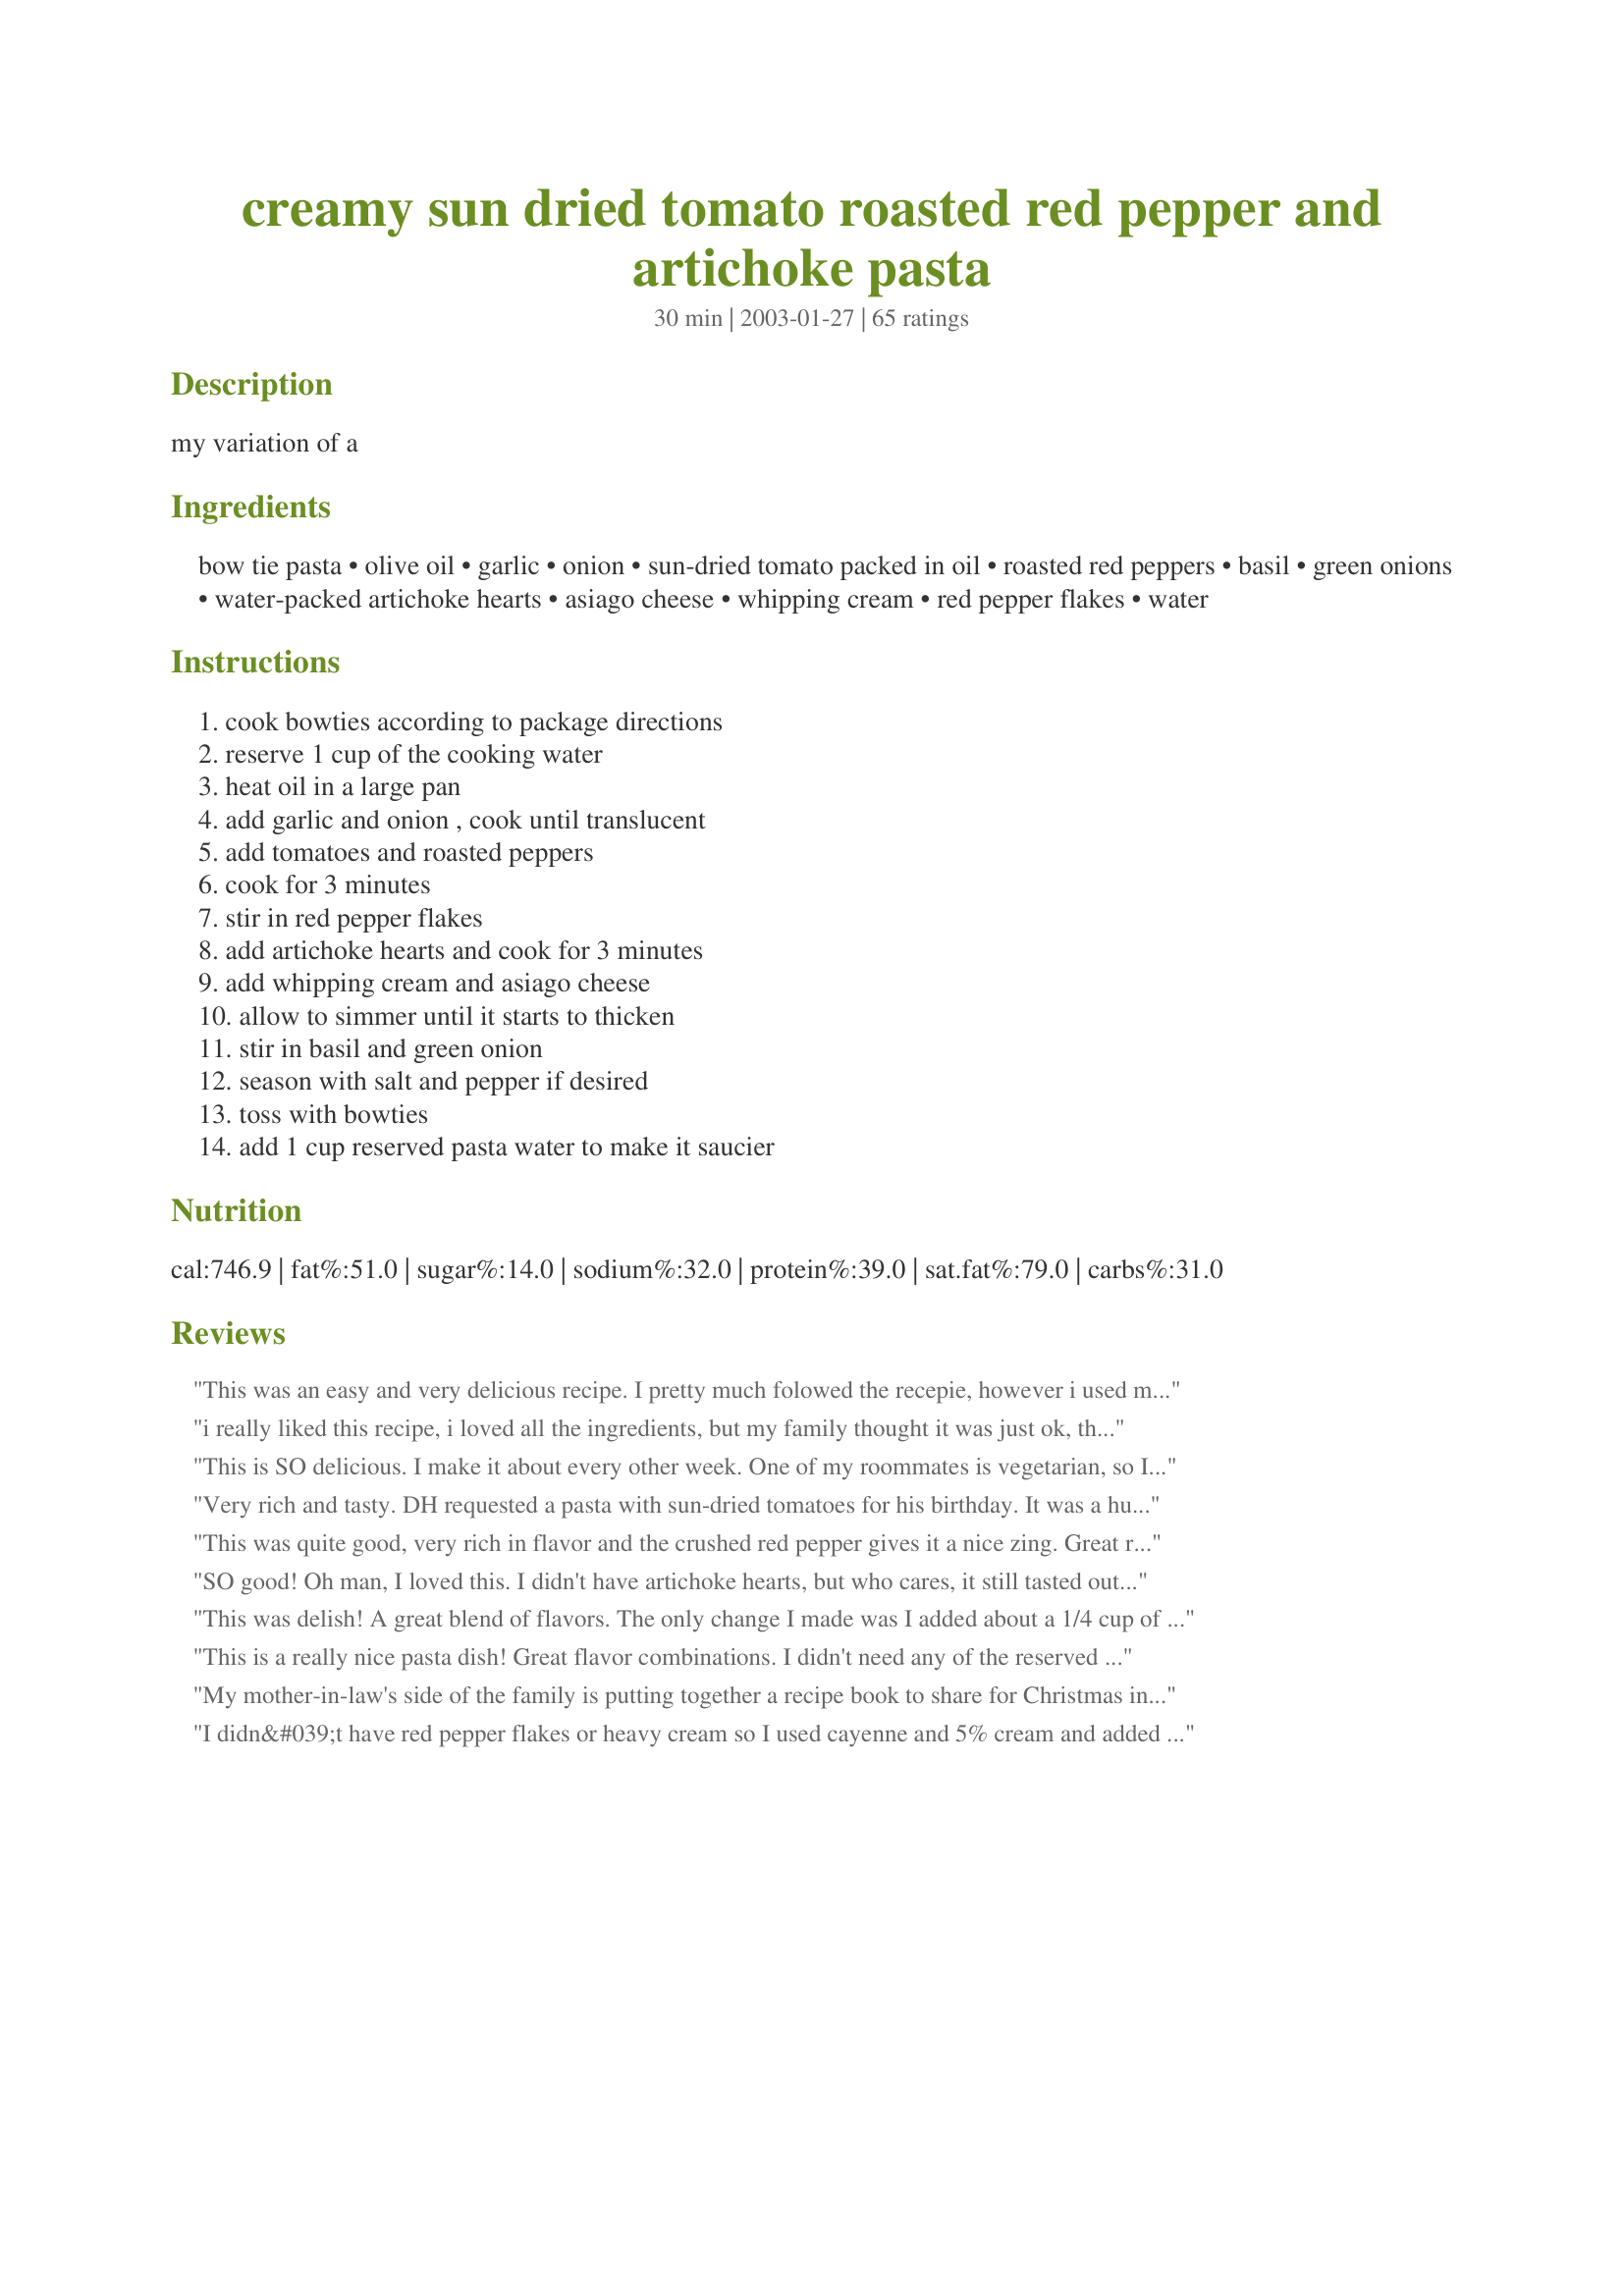
creamy sun dried tomato roasted red pepper and artichoke pasta
Preparation time: 30 minutes

my variation of a

Ingredients:
bow tie pasta, olive oil, garlic, onion, sun-dried tomato packed in oil, roasted red peppers, basil, green onions, water-packed artichoke hearts, asiago cheese, whipping cream, red pepper flakes, water

Steps:
cook bowties according to package directions, reserve 1 cup of the cooking water, heat oil in a large pan, add garlic and onion , cook until translucent, add tomatoes and roasted peppers, cook for 3 minutes, stir in red pepper flakes, add artichoke hearts and cook for 3 minutes, add whipping cream and asiago cheese, allow to simmer until it starts to thicken, stir in basil and green onion, season with salt and pepper if desired, toss with bowties, add 1 cup reserved pasta water to make it saucier

Reviews:
This was an easy and very delicious recipe. I pretty much folowed the recepie, however i used marinated tomatoes, and used parmesean cheese. I think that adding chicken would be wonderful too.
i really liked this recipe, i loved all the ingredients, but my family thought it was just ok, they are picky eaters. Even so, i will make this again, it was easy to make and taste good, thanks for recipe Just Married.
This is SO delicious. I make it about every other week. One of my roommates is vegetarian, so I'm always looking for tasty dishes to suit the whole house...but even the non-veggos go crazy for this one. Thanks!
Very rich and tasty. DH requested a pasta with sun-dried tomatoes for his birthday. It was a huge hit with DH, BIL and my brother.
This was quite good, very rich in flavor and the crushed red pepper gives it a nice zing. Great recipe and excellent combinations... Thanks!
SO good! Oh man, I loved this. I didn't have artichoke hearts, but who cares, it still tasted out of this world! Thank you!
This was delish! A great blend of flavors. The only change I made was I added about a 1/4 cup of tomato sauce. I am not a big fan of cream sauce or just whipping cream in pasta. Despite it not being saucy(I am a saucy girl) it was yummy.
This is a really nice pasta dish! Great flavor combinations. I didn't need any of the reserved pasta water--I thought it was fine as made. Thanks for a keeper!
My mother-in-law's side of the family is putting together a recipe book to share for Christmas instead of exchanging gifts. I'll be including this one! I made Steph's Balsamic Chicken #52537 and mixed it in. I've had the Macaroni grill version of this, and I like this better.
I didn&#039;t have red pepper flakes or heavy cream so I used cayenne and 5% cream and added some grilled diced chicken. This was amazing and will definitely make it again. Next time I will use shrimp or maybe scallops.
Great combination of ingredients! I substituted fat-free evaporated milk for the cream, (health nut). This didn't result in a very thick sauce, but the flavor still clung to all the pasta. Definitely a keeper.
I just loved this! The mix of ingredients (sundried tomatoes, artichokes, green ontions, cheese) made for a delicious combination. I will make this over and over!
Absolutely excellent recipe - my daughter asks me to make it all the time.

I used parmesan instead of the asiago; it was wonderful!
It is so yummy it tastes like restaurant quality (or even better). My husband and I love it. Want to show off for company? Try this and you'll keep them comin'.
This was a fantastic pasta and pretty easy to make....will for sure be making this again. Thanks for sharing!
I made this 1 day ahead. It was a bit dry, even with the added pasta water. Great flavor, mabye a bit more whipping cream? Not sure I'll make this again.
Delicious! An excellent way to use leftover dried tomatoes and roasted peppers. The flavors were well balanced. The recipe is a definite keeper.
Fantastic. The only change I made was to use diced fresh roma tomatoes instead of sun-dried tomatoes.
Amazing! My husband LOVED it! And he isn't normally a fan of dishes without meat! Thanks!
I made a few changes to this dish and made it vegan! I omitted the cream and cheese obviously, and also the onions, and doubled the oil. It turned out soo delicious!!
This was outstanding! A definate keeper. I made this exactly as written (only needed to add 1/2 cup of pasta water to mine) and it was fantastic. Next time I will add some chicken. Thank you so much for an amazing pasta dish.
Good recipe. Next time I would have everything chopped before the cooking starts as this moves super quick.
DELISH!!! I like to put dinner together before I leave for work and I just finished tossing the dish together and had to eat some now~! This dish tastes Amazing! I sent texts to my family to whet their appetites saying that I was making a Macaroni Grill pasta dish for dinner. They all replied Yum! LOL
I am a red sauce girl I don't usually like white sauce pasta dishes but as everyone has said this dish has all my favorites together. I upped the servings to 6 and It made a lot I think the original recipe would have been plenty. I am hoping for leftovers! I forgot to buy whipping cream so I used evaporated milk instead and I used Parmesan and for the peppers I used two packets from Pizza hut I also had three grilled chicken breasts left from last nights dinner so added that in. I will report back after dinner! The family loved it as much as I! This is a keeper for sure and a great dish to serve to company. TRY IT!
I made this for myself and two friends recently, and we loved it. I used red onion, substituted pana gradano for the Asiago as that was what I had, and added a little gorgonzola cheese. Highly recommend!
Excellent flavor! The sauce is so good, I will definitely be adding this recipe to my list of favorites. The only change I will make is to reduce the amount of Basil.
OH MY!!!!! This is WONDERFUL! Vert easy to put together and it tases better than most pasta dishes I ever ordered on any menu in a chain restaurant. This is a keeper in our house! Many thanks for posting!
Geema is right. This is a delicious mix of flavors, and we particularly loved that extra 'zing' the red pepper flakes provided. And I agree that if you feel like ringing the changes, the addition of chicken pieces would work well. Thanks for sharing this yummy recipe.
Had lots of low fat changes, but it still ended up great! Was going to use milk for whipping cream, but it was spoiled so I omitted it. Instead I just added the water. I used about 8 ounces pasta (I generally prefer a higher sauce to pasta ratio) and substituted a cup of halved cherry tomatoes for the jar of roasted red peppers (I prefer fresh peppers). Instead of sun-dried tomatoes in oil I used dry (I like the chewy texture). Had to leave off the fresh basil until the end at which point I added it to my dish as my BF does not like fresh basil. Weird. No other changes that I can think of, this still turned out great! You're gonna love it!
Wow! Lot of flavors and textures!
I had read a couple reviews that mentioned how expensive this is to make. I didn't find that the case. We roasted our own red peppers (four of them) and used our own sun dried tomatoes (six of them). Very tasty and made *plenty* for dinner and lunch for the two of us!
I am LOVING this recipe. I knew I would like it because it has all my favorite ingredients, but I was worried that it would be super-rich since it's a restaurant copycat. I shouldn't have worried. The cream sauce is so delicate and really lets the vegetables shine. This is going in my Favorites binder - I can't wait to make it again! Thanks for a keeper. :-)
Not so sure this recipe needs another 5 star rating, but it certainly deserves one! I made this last night and it was a HIT! We will definitely be putting this in the "Keeper" file. The only think I changed was that I used grated parmesan, because I had it on hand. It worked, but no doubt will I be using Asiago next time. Thanks for the super easy and delicious post!
This was delicious! I used a can of 98% fat free cream of mushroom soup in place of the whipping cream, and I only used one pack (3/4 oz) of basil. Never having cooked with fresh garlic before, I thought it was going to be overpowering, but it was just right. I plan to use it as a side dish.
I sqeezed some lime juice over my filled plate, and that added yet another amazing dimension. Kudos for this very versatile recipe!
Made this for family that was visiting and it got rave reviews all around. Delicious! We loved the combination of flavors and the light cream sauce. I doubled the artichokes, added chicken, and used single cream and parmesan. Didn't need to add any reserved pasta water. Definitely a keeper! Will make again, and again, and again!
I was looking for something to use my canned roasted bell peppers in, and this was great! Thank you!
VERY good, - modified a little to thin it out a bit, adding light cream, white wine and also some chicken. Also dropped the red pepper to 1/2 tsp and the green onions to 3. Outstanding recipe - thanks JM! Making for a party of 30 for Christmas eve. I'm sure it will be a hit!
Followed the recipe to a "T". Five stars all the way. Wouldn't change a thing.
Excellent! You managed to incorporate some of my favourite ingredients all at the same time! What more could a woman ask for?
Delicious! I made a few adjustments - didn't add the sundried tomatoes or pasta water, and used fat-free half & half, but it was still very, very tasty. I love the smokey flavor of the roasted red peppers.
This is very, very good and easy to put together!
Amazing, rich flavor. It was a hit!
I loved this and so did everyone that ate it. While I tossed the pasta and sauce I added smoke chicken breasts that I had heated up and cut into bite size pieces. It went very well together. Wonderful pasta dish .. thank you !!!
If I could give this 6 stars I would. Absolutely wonderful. The only change we made was to add chicken. Even delicious warmed up as left overs!
Excellent recipe. I had no idea what asiago chesse was so I used parmesan and it worked well. Def. worth making!
This definitely deserves five stars. Artichokes, sun-dried tomatoes and roasted red peppers are my favourites, but I never thought of putting them altogether. What a treat as the ingredients blend well together. I only added 1/2 tsp of red pepper flakes as I was afraid 1 tsp would be to much. Next time I will try it with the full tsp. I am so glad I found this recipe. I made it the other night and served it along side chicken breasts. I didn't have any asiago cheese so I used parmasean and used dried basil as I did not have any fresh on hand. The kids had a couple of helpings and DD took what was left for her lunch the next day. I can see I will be making this dish a lot. It was superb!
Wow!!! this is FANTASTIC! I nearly left out the cream because my husband doesn't like creamy pasta sauces, but went ahead and added it --- and he loved it! This is perfect as it is, or maybe with some green chiles :) The pepper flakes and the roasted red peppers were just delicious.
Wow - I love this recipe. It is fairly quick to make- and makes a lot. The flavors blend together beautifully. Love the pepper flakes. Gave it just a hint of spice but not too much. Beautiful, dish, good enough for a special luncheon. Thanks. It's a keeper.
My family loved it!! It was a wonderful addition to our meatless Mondays!!<br/>Thanks
I made this to take to a italian thankgiving dinner, and it was great!!! I have printed out several copies to hand out to the in laws. Thank you for a great meal!
I thought this recipe was fantastic but my wife thought it had a little too much sun dried tomato in it. It is definitely a keeper. We didn't have fresh basil so used dried basil out of a jar. Next time, we will go to 1/2 cup sun dried tomatoes and fresh basil... then it will be perfect for us.
This is my Husband&#039;s ALL TIME FAVORITE MEAL! He enjoys when I add shrimp to it! Absolutely AMAZING!!!!!
I also added some additional cream as the pasta seemed a little dry. The leftovers went like wildfire at work.
I had been stealing recipes from Zaar for awhile now, but just had to create and account to rate this!! Couldn't add the sund dried tomato but WOW I love this. I used Feta cheese instead (I would kill for FETA) and used some sour cream with Nata instead of whipping cream. Still trying to figure out the substitute for whipping cream here in Spain. Thanks for a great recipe!!! Jamon has been conquered!!
excellent recipe! You can take this recipe anywhere in taste. I couldn't help but add pancetta bacon to give a smokey taste.
Oh man. Oh oh man. This was one of the top 5 most delicious things I have ever made. I was looking for a way to use up some jarred roasted red peppers in my refrigerator, and I came across this recipe while looking for a cream sauce. I followed the instructions exactly, with only a handful of exceptions: I didn't add artichokes or basil, I added some chicken, and I served the sauce over spaghetti squash instead of pasta. It definitely has a kick, and I will probably reduce the red pepper flakes next time, but this was otherwise AMAZING. I have a feeling I will need to stock up on roasted red peppers and sundried tomatoes because I will be making this often. Now, is it lunchtime yet? I can't wait to eat the leftovers!
Yum! Made this with 1/2 and 1/2 and parmesan cheese and homemade sun-dried tomatoes. It made a ton...more like 6 servings --and I only used a 12 oz. box of pasta.
Definite restaurant quailty recipe! I replaced whipping cream with light sour cream to save on our fat intake. Our grocer did not have asiago cheese, but had a romano, parmesean, asiago blend that I used instead. Since my husband has to have meat with each meal, I baked some breaded chicken strips and cut them them and tossed them in. We both LOVED it!
Excellent recipe~~flavors combined wonderfully. So glad you posted to reserve the one cup of pasta water because it was really needed to loosen it up. Will make again. Malriah, not trying to rag on you, I've had this issue for a while but it really am for front in this recipe. NEWBIES BEWARE~~please don't be confused when you see 10 minutes prep time indicated in this recipe. Unless you just happen to have 4 cloves of garlic pressed, 1/2 cut of onions already chopped, 3/4 cup of sun dried tomatoes drained and chopped, 1/2 cut basil chopped, green onions already sliced, artichoke hearts already sliced~~~10 MINUTES PREP time is not going to happen. Please look at this wonderful recipe way prior to making it. After you have your ingredients, chop and prepare. Have all of your ingredient lined up because putting the recipe together is very quick. Good Luck, it's wonderful!
I had to run and get my grandbaby's bib, because I was drooling like her when I read this recipe. Kari, you have combined some classic ingredients and then added cream to make it perfectly heavenly. The red pepper flakes really add a taste tingling dimension that I just love. While nothing needs to be added, I'll bet some chicken breast pieces sauteed into the mix would be delicious too.
This is absolutely to DIE for. The first time I made it I burned the sun-dried tomatoes a little bit but it still tasted great. I will make this time and time a gain. It has become a regular in our rotation of favorite meals
I've no clue what a macaroni grill is but this is fantastic! Picked the recipe out for a party because it had all my favorite flavors..must be everyone else's too because they loved it!! 
I used half'n half with great results. Also increased the pepper flakes..I like it with extra heat! 
As other reviews mentioned, it would be great with added chicken too. It isn't an inexpensive dish to make (where I live anyway), but I will make it again in a flash for a special occasion. Thank you for sharing this truly wonderful dish.
I thought this recipe was delicious. It came together quickly after I came home from school. I threw in some prosciutto and some tomato sauce, as I prefer creamy tomato sauces over strictly cream sauce. I also used dried sundried tomatoes instead of the oil packed, and it turned out well. I think the asiago was a nice change from using parmesan. I'd also throw some chicken in if I had some onhand. Very tasty!
Great Flavour!! Had to improvise, used half and half cream, parmesan cheese and some sweet banana peppers, jalapeno pepper and dried basil (all I had in the house) Added some leftover cut up BBQ chicken. I'm sure the original recipe is excellent but a great recipe to make substitutions to and still be a winner.
Delicious! The blend of flavors is great!
This pasta has really terrific flavor. I used half and half instead of cream to cut fat, with great results by the way. I did find it needed the salt and pepper.
